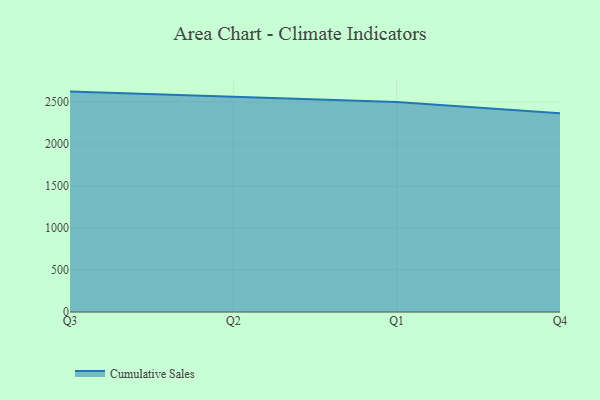
{"axis": {"x": "Quarter", "y": "Churn Rate (%)"}, "legend": ["Cumulative Sales"], "data": [{"x": "Q3", "y": 2624.0, "type": "Cumulative Sales"}, {"x": "Q2", "y": 2560.5, "type": "Cumulative Sales"}, {"x": "Q1", "y": 2500.8, "type": "Cumulative Sales"}, {"x": "Q4", "y": 2365.5, "type": "Cumulative Sales"}]}